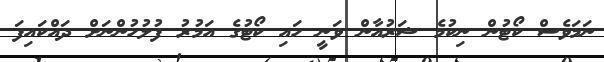
ނަމަވެސް ކޯޓުން ނިކުމެ ޝަރުއާން ވަނީ ހައި ކޯޓުގެ އަމުރު ފުލުހުންނަށް ދައްކައިފަ